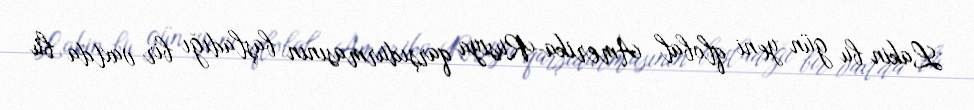
Lakin bu gün yeni qlobal Amerika-Rusiya qarşıdurmasının başladığı bir vaxtda bu